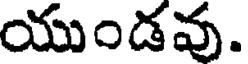
యుండవు.